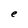
Character: e